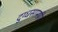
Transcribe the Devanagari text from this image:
दुग्धसामग्री